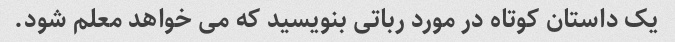
یک داستان کوتاه در مورد رباتی بنویسید که می خواهد معلم شود.